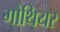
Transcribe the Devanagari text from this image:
गौथियर